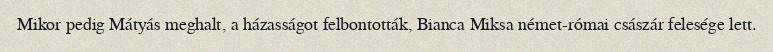
Mikor pedig Mátyás meghalt, a házasságot felbontották, Bianca Miksa német-római császár felesége lett.